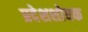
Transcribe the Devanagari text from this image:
प्रदेशशोधक